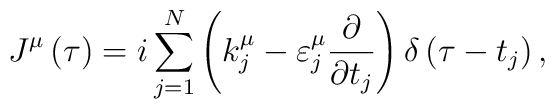
J^{\mu }\left( \tau \right) =i\sum ^{N}_{j=1}\left( k^{\mu }_{j}-\varepsilon ^{\mu }_{j}\frac{\partial }{\partial t_{j}}\right) \delta \left( \tau -t_{j}\right) ,